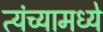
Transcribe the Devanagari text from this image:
त्यंच्यामध्ये